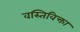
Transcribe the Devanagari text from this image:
वस्तिविक्ता